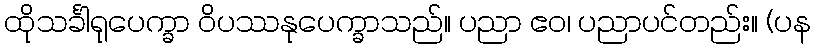
ထိုသင်္ခါရုပေက္ခာ ဝိပဿနုပေက္ခာသည်။ ပညာ ဧဝ၊ ပညာပင်တည်း။ (ပန